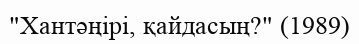
"Хантәңірі, қайдасың?" (1989)